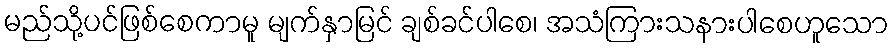
မည်သို့ပင်ဖြစ်စေကာမူ မျက်နှာမြင် ချစ်ခင်ပါစေ၊ အသံကြားသနားပါစေဟူသော